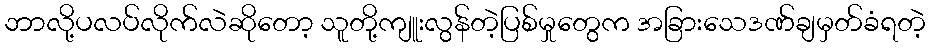
ဘာလို့ပလပ်လိုက်လဲဆိုတော့ သူတို့ကျူးလွန်တဲ့ပြစ်မှုတွေက အခြားသေဒဏ်ချမှတ်ခံရတဲ့